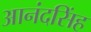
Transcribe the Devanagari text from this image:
आनंदसिंह